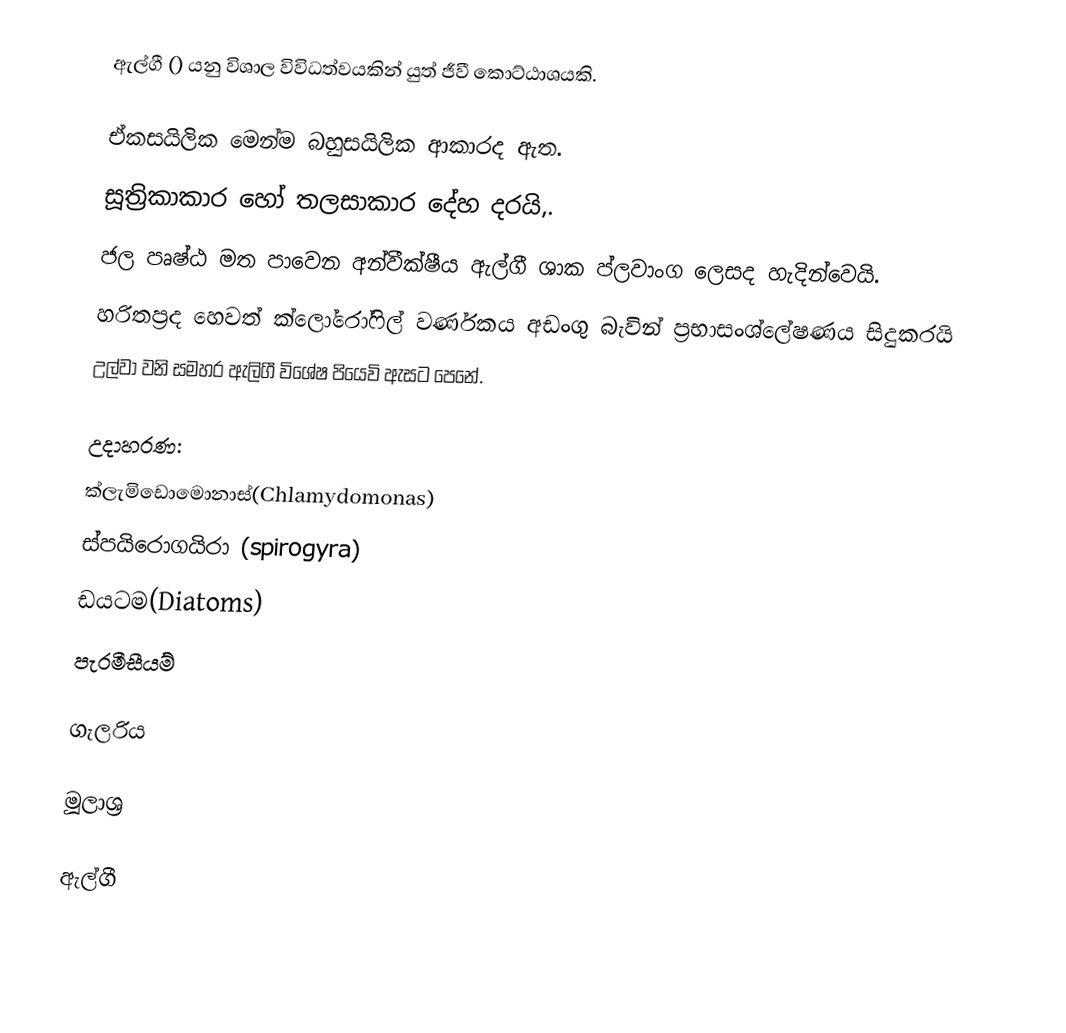
ඇල්ගී () යනු විශාල විවිධත්වයකින් යුත් ජීවී කොට්‌ඨාශයකි.

 ඒකසයිලික මෙන්ම බහුසයිලික ආකාරද ඇත.
 සූත්‍රිකාකාර හෝ තලසාකාර දේහ දරයි,.
 ජල පෘෂ්ඨ මත පාවෙන අන්වීක්ෂීය ඇල්ගී ශාක ප්ලවාංග ලෙසද හැදින්වෙයි.
 හරිතප්‍රද හෙවත් ක්ලෝරෝෆිල් වර්ණකය අඩංගු බැවින් ප්‍රභාසංශ්ලේෂණය සිදුකරයි
 උල්වා වනි සමහර ඇලිගී විශේෂ පියෙවි ඇසට පෙනේ.

උදාහරණ:
 ක්ලැමිඩොමොනාස්(Chlamydomonas)
 ස්පයිරොගයිරා (spirogyra)
 ඩයටම(Diatoms)
 පැරමීසීයම්

ගැලරිය

මූලාශ්‍ර

ඇල්ගී